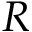
R